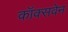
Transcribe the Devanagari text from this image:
कॉक्सवेन